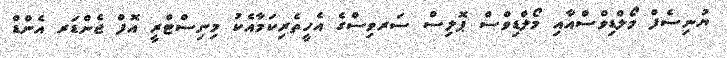
ޔުނިސެފް މޯލްޑިވްސްއާއި މޯލްޑިވްސް ޕޮލިސް ސަރވިސްގެ އެހީތެރިކަމާއެކު މިނިސްޓްރީ އޮފް ޖެންޑަރ އެންޑް